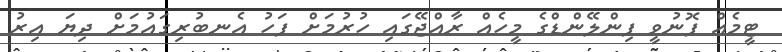
ޓީމެއް ފޮނުވީ ފިންލޭންޑްގެ މީހެއް ރާއްޖޭގައި ހުރުމަށް ފަހު އެނބުރިގައުމަށް ދިޔަ އިރު